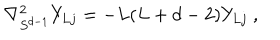
\nabla _ { S ^ { d - 1 } } ^ { 2 } Y _ { L j } = - L ( L + d - 2 ) Y _ { L j } \ ,